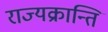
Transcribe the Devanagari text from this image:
राज्यक्रान्ति